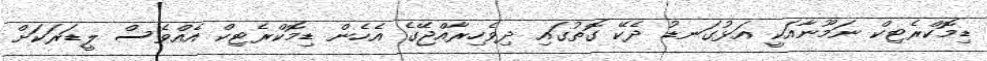
ޑިމޮކްރެޓިކް ނަމޫނާއަކީ އަޅުގަނޑު ދެކޭ ގޮތުގައި ދިވެހިރާއްޖޭގެ އެހެން ޑިމޮކްރެޓިކް އެއްވެސް ލީޑަރަކަށް